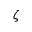
\zeta